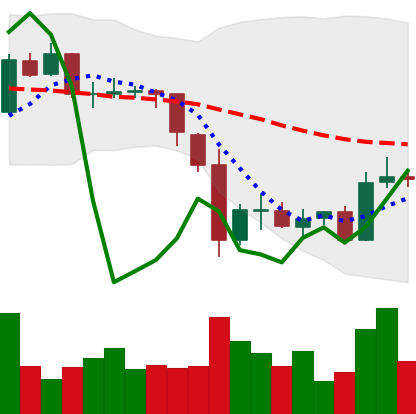
Ticker: BTC-USD
Chart end date: 2015-06-10
Forward return: 3.505%
Label: up_3_5